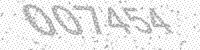
Solution: 007454